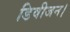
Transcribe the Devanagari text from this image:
डिवीजन।